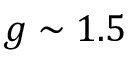
g \sim 1 . 5